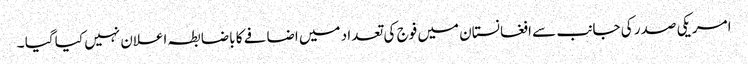
امریکی صدر کی جانب سے افغانستان میں فوج کی تعدا د میں اضافے کا باضابطہ اعلان نہیں کیا گیا ۔